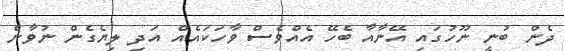
ދެން ބުނީ ނޫހުގައި އޭނާއާ ބެހޭ އެއްވެސް ވާހަކައެއް އަދި ލިޔެގެން ނުވާނެ